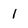
Character: 1